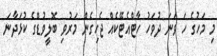
މި މަހުގެ ހަ ވަނަ ދުވަހު ހާޓްއެޓޭކެއް ޖެހިގެން މަރުވި ބޮލީވުޑްގެ ކުޅަދާނަ